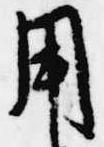
用